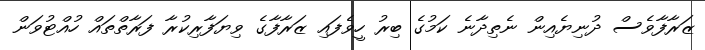
ޒަރާފާވެސް ދުނިޔެއިން ނެތިދާނެ ކަމުގެ ބިރު ހީވެފައި ޒަރާފާގެ ވިޔަފާރިކުރާ ފަރާތްތައް ހުއްޓުވަން